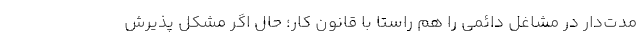
مدت‌دار در مشاغل دائمی را هم راستا با قانون کار؛ حال اگر مشکل پذیرش